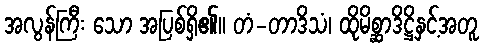
အလွန်ကြီး သော အပြစ်ရှိ၏။ တံ-တာဒိသံ၊ ထိုမိစ္ဆာဒိဋ္ဌိနှင့်အတူ